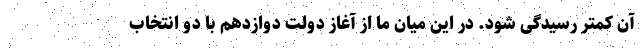
آن کمتر رسیدگی شود. در این میان ما از آغاز دولت دوازدهم با دو انتخاب